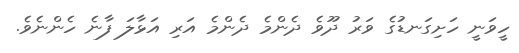
ހީވަނީ ހަށިގަނޑުގެ ވަރު ދޫވެ ދެންމެ ދެންމެ އަރި އަޅާލަ ފާނެ ހެންނެވެ.